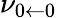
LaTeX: \nu_{0\leftarrow 0}